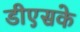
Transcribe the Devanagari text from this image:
डीएसके